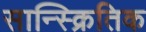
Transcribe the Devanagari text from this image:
सान्स्क्रितिक